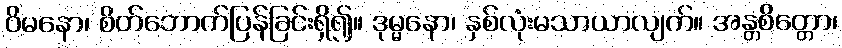
ဝိမနော၊ စိတ်ဘောက်ပြန်ခြင်းရှိ၍။ ဒုမ္မနော၊ နှစ်လုံးမသာယာလျက်။ အန္တစိတ္တော၊